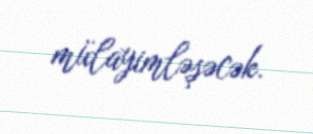
mülayimləşəcək.